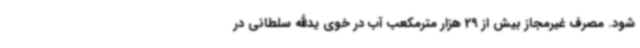
شود. مصرف غیرمجاز بیش از 29 هزار مترمکعب آب در خوی یدالله سلطانی در